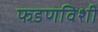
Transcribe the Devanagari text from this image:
फडणविशी